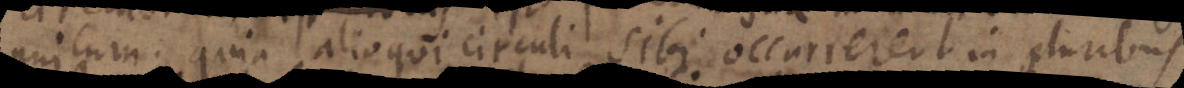
unicum. quia alioqui circuli sibi occurrerent in pluribus